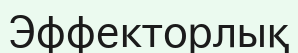
Эффекторлық